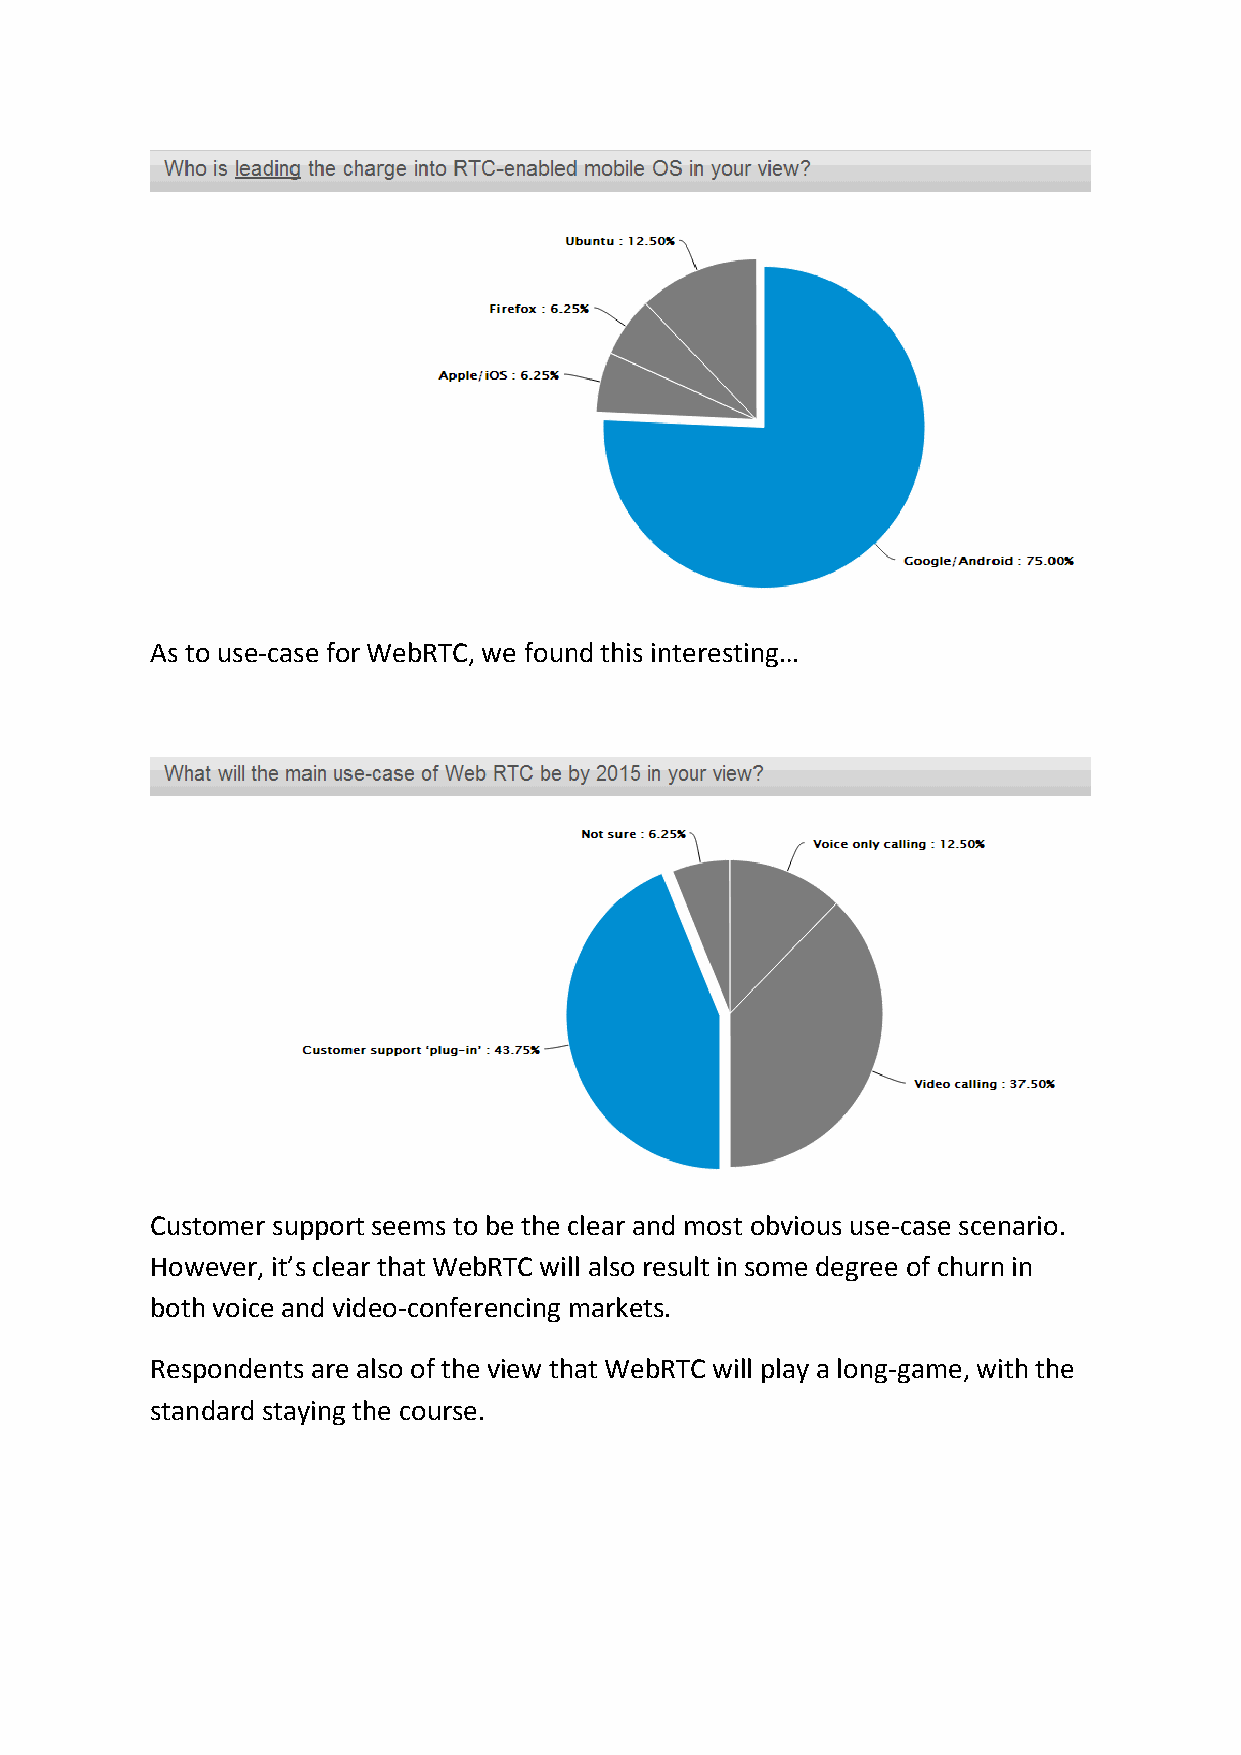
As to use-case for WebRTC, we found this interesting…
 Customer support seems to be the clear and most obvious use-case scenario.
 However, it’s clear that WebRTC will also result in some degree of churn in
 both voice and video-conferencing markets.
 Respondents are also of the view that WebRTC will play a long-game, with the
 standard staying the course.